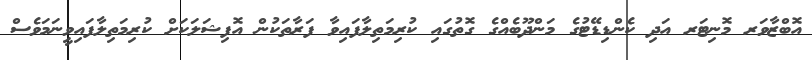
އޮބްޒާވަރ މޮނިޓަރ އަދި ކެންޑިޑޭޓުގެ މަންދޫބެއްގެ ގޮތުގައި ކުރިމަތިލާފައިވާ ފަރާތަކުން އޮފިޝަލަކަށް ކުރިމަތިލާފައިވީނަމަވެސް